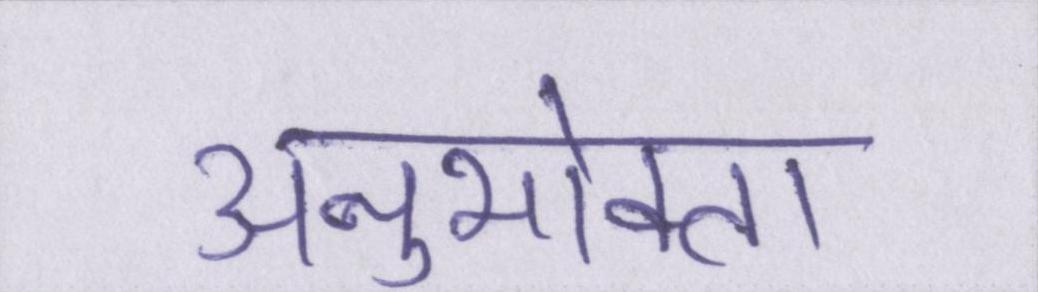
अनुभोक्ता